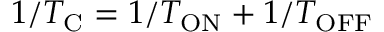
1 / T _ { \mathrm { C } } = 1 / T _ { \mathrm { O N } } + 1 / T _ { \mathrm { O F F } }